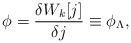
LaTeX: \begin{align*}\phi=\frac{\delta W_k[j]}{\delta j} \equiv \phi_\Lambda, \end{align*}